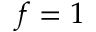
f = 1